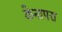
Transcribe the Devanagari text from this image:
केनापरा